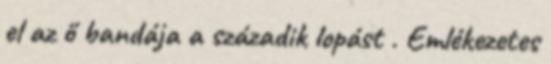
el az ő bandája a századik lopást . Emlékezetes